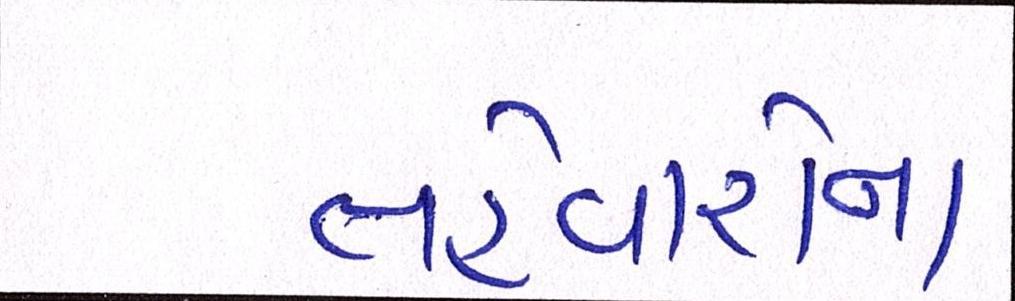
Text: તહેવારોના